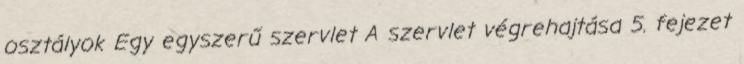
osztályok Egy egyszerű szervlet A szervlet végrehajtása 5. fejezet